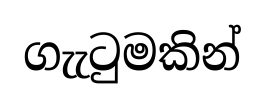
ගැැටුමකින්